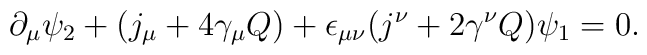
\partial_\mu\psi_2+(j_\mu+4\gamma_\mu Q)+\epsilon_{\mu\nu}(j^\nu+2\gamma^\nu Q)\psi_1=0.